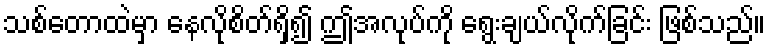
သစ်တောထဲမှာ နေလိုစိတ်ရှိ၍ ဤအလုပ်ကို ရွေးချယ်လိုက်ခြင်း ဖြစ်သည်။